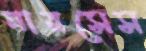
নারসেস